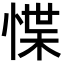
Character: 惵